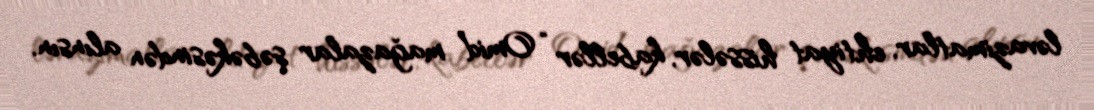
ləvazimatlar, ehtiyat hissələr, kabellər “Omid” mağazalar şəbəkəsindən alınsın.